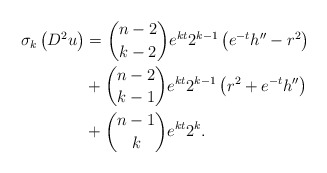
\begin{align*}\sigma_{k}\left( D^{2}u\right) & =\binom{n-2}{k-2}e^{kt}2^{k-1}\left(e^{-t}h^{\prime\prime}-r^{2}\right) \\& +\binom{n-2}{k-1}e^{kt}2^{k-1}\left( r^{2}+e^{-t}h^{\prime\prime}\right)\\& +\binom{n-1}{k}e^{kt}2^{k}.\end{align*}